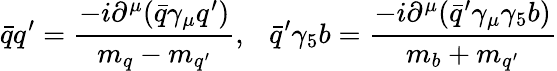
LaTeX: \bar{q}q^{\prime}=\displaystyle\frac{-i\partial^{\mu}(\bar{q}\gamma_{\mu}q^{\prime})}{m_{q}-m_{q^{\prime}}},~~~\bar{q}^{\prime}\gamma_{5}b=\displaystyle\frac{-i\partial^{\mu}(\bar{q}^{\prime}\gamma_{\mu}\gamma_{5}b)}{m_{b}+m_{q^{\prime}}}